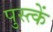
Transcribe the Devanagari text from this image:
पुस्त्कें